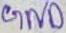
Text: GND